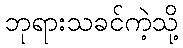
ဘုရားသခင်ကဲ့သို့